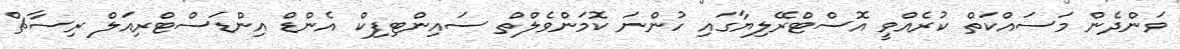
ވަންދެން މަސައްކަތް ކުރެއްވީ އޮސްޓްރޭލިޔާގައި ހުންނަ ކޮމަންވެލްތް ސައިންޓިފިކް އެންޑް އިންޑަސްޓްރިއަލް ރިސާޗް